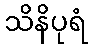
သိနိပုရံ